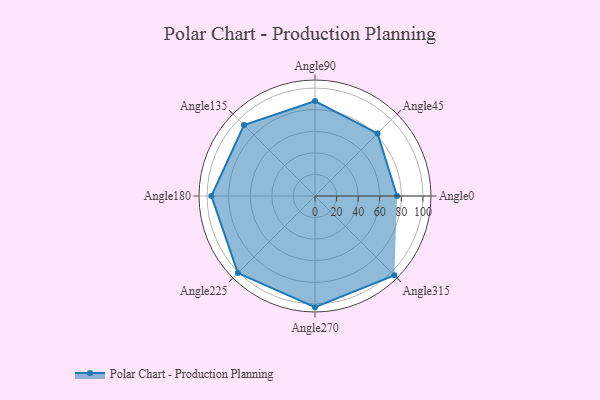
{"axis": {"x": "Angle", "y": "Radius"}, "legend": [""], "data": [{"x": "Angle0", "y": 76.0, "type": ""}, {"x": "Angle45", "y": 82.0, "type": ""}, {"x": "Angle90", "y": 88.0, "type": ""}, {"x": "Angle135", "y": 93.0, "type": ""}, {"x": "Angle180", "y": 96.0, "type": ""}, {"x": "Angle225", "y": 101.0, "type": ""}, {"x": "Angle270", "y": 103.0, "type": ""}, {"x": "Angle315", "y": 104.0, "type": ""}]}